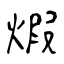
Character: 煆